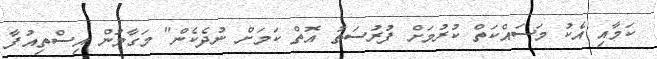
ކަމާއި އެކު މަސައްކަތް ކުރުމަށް ފުރުސަތު އޮތް ކަމަށް ނުދެކެން" މަގާމުން އިސްތިއުފާ